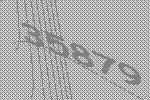
35879